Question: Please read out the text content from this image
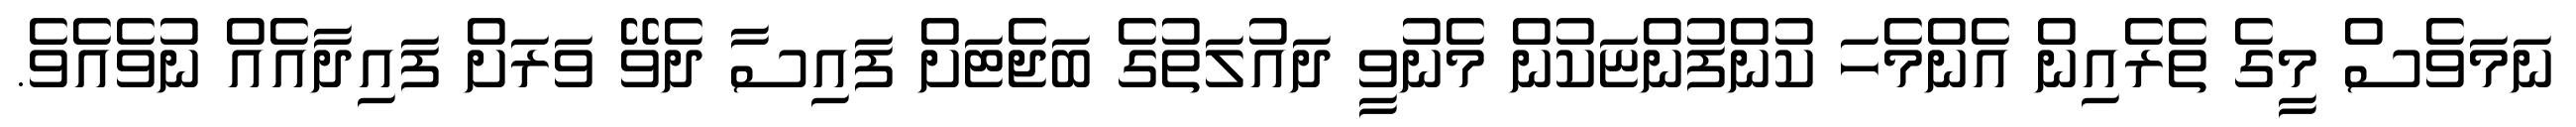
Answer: ނަމަވެސް މީގެ ތެރެއިން އެންމެހަ ކުންފުންޏަކުން މެނުވީ ދައުލަތުގެ ބަޖެޓަށް ފައިސާ ދެވޭ ވަރަށް ފައިދާއެއް ނުވެއެވެ.